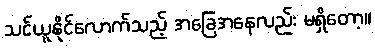
သင်ယူနိုင်လောက်သည့် အခြေအနေလည်း မရှိတော့။